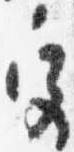
宮